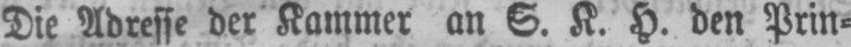
Die Adresse der Kammer an S. K. H. den Prin⸗